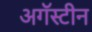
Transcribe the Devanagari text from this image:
अगॅस्टीन